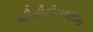
મીનીકીટખાણદાણ